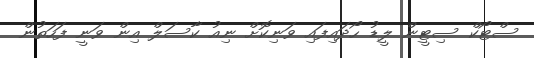
ސްޓޯކް ސިޓީން ލީޑު ހޯދައިފައި ވަނިކޮށް ނިއު ކާސަލް އިން ވަނީ ފަހަތުން